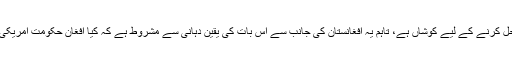
رپورٹ میں بتایا گیا کہ ٹرمپ انتظامیہ افغان مسئلے کو حل کرنے کے لیے کوشاں ہے، تاہم یہ افغانستان کی جانب سے اس بات کی یقین دہانی سے مشروط ہے کہ کیا افغان حکومت امریکی و اتحادی فوج کے انخلاء کے بعد جانبردار ہوسکتی ہے؟